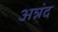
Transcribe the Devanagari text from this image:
अन्नंद